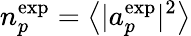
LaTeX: n_{p}^{\mathrm{exp}}=\left<|a_{p}^{\mathrm{exp}}|^{2}\right>